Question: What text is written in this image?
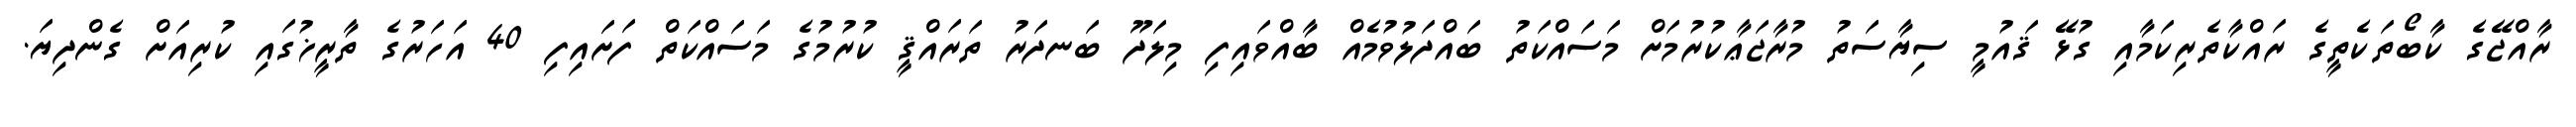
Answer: ރާއްޖޭގެ ކާބޯތަކެތީގެ ރައްކާތެރިކަމާއި ގުޅޭ ޤައުމީ ސިޔާސަތު މުރާޖަޢާކުރުމަށް މަސައްކަތު ބައްދަލުވުމެއް ބާއްވައިފި މިލަދޫ ބަނދަރު ތަރައްޤީ ކުރުމުގެ މަސައްކަތް ފަށައިފި 40 އަހަރުގެ ތާރީޚުގައި ކުރިއަށް ގެންދިޔަ.